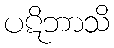
ပဋိဘာသိ